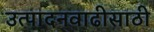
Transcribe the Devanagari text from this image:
उत्पादनवाढीसाठी